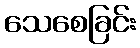
သေစေခြင်း